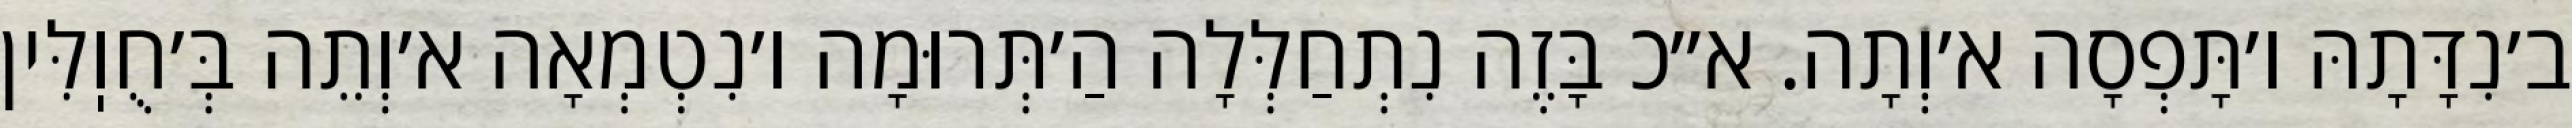
ב׳נִדָּתָהּ ו׳תָּפְסָה א׳וְתָה. א״כ בָּזֶה נִתְחַלְּלָה הַ׳תְּרוּמָה ו׳נִטְמְאָה א׳וְתֵה בְּ׳חֻוֽלִּין